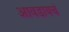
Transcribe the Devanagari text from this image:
आवडायचं